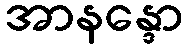
အာနန္ဒော